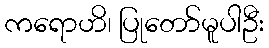
ကရောဟိ၊ ပြုတော်မူပါဦး